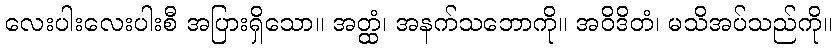
လေးပါးလေးပါးစီ အပြားရှိသော။ အတ္ထံ၊ အနက်သဘောကို။ အဝိဒိတံ၊ မသိအပ်သည်ကို။